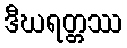
ဒီဃရတ္တဿ